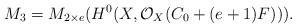
LaTeX: \begin{align*}M_3= M_{2\times e} (H^0(X,\mathcal O_X(C_0+(e+1)F))).\end{align*}